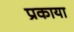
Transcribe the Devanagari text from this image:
प्रकाया